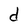
Character: d